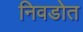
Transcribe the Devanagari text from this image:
निवडोत